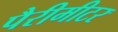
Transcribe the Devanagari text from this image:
पैरीमीटर